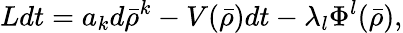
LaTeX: Ldt=a_{k}d\bar{\rho}^{k}-V(\bar{\rho})dt-\lambda_{l}\Phi^{l}(\bar{\rho}),